Indian journal of veterinary science and animal husbandry - Volume 2,
Year: 1932
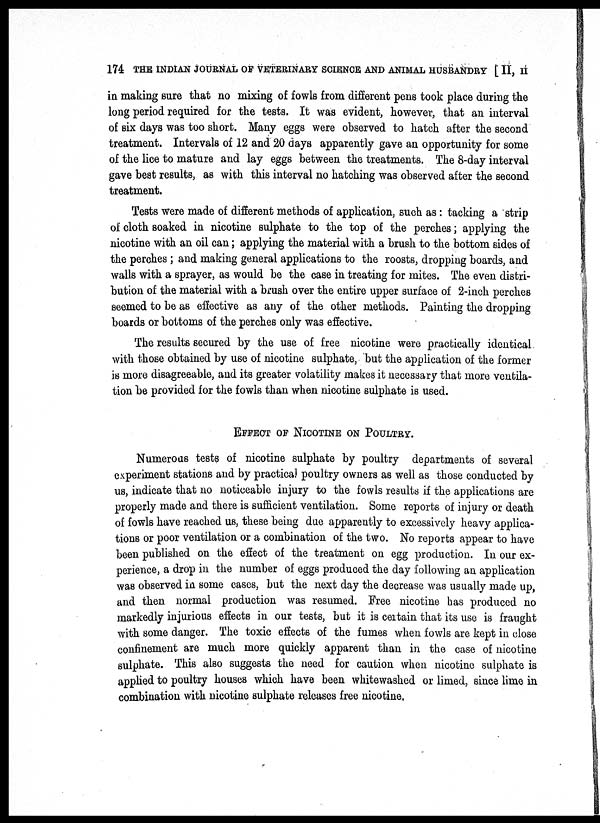
174 THE INDIAN JOURNAL OF VETERINARY SCIENCE AND ANIMAL HUSBANDRY [ II, II
in making sure that no mixing of fowls from different pens took place during the
long period required for the tests. It was evident, however, that an interval
of six days was too short. Many eggs were observed to hatch after the second
treatment. Intervals of 12 and 20 days apparently gave an opportunity for some
of the lice to mature and lay eggs between the treatments. The 8-day interval
gave best results, as with this interval no hatching was observed after the second
treatment.
Tests were made of different methods of application, such as: tacking a strip
of cloth soaked in nicotine sulphate to the top of the perches; applying the
nicotine with an oil can; applying the material with a brush to the bottom sides of
the perches; and making general applications to the roosts, dropping boards, and
walls with a sprayer, as would be the case in treating for mites. The even distri-
bution of the material with a brush over the entire upper surface of 2-inch perches
seemed to be as effective as any of the other methods. Painting the dropping
boards or bottoms of the perches only was effective.
The results secured by the use of free nicotine were practically identical.
with those obtained by use of nicotine sulphate, but the application of the former
is more disagreeable, and its greater volatility makes it necessary that more ventila-
tion be provided for the fowls than when nicotine sulphate is used.
EFFECT OF NICOTINE ON POULTRY.
Numerous tests of nicotine sulphate by poultry departments of several
experiment stations and by practical poultry owners as well as those conducted by
us, indicate that no noticeable injury to the fowls results if the applications are
properly made and there is sufficient ventilation. Some reports of injury or death
of fowls have reached us, these being due apparently to excessively heavy applica-
tions or poor ventilation or a combination of the two. No reports appear to have
been published on the effect of the treatment on egg production. In our ex-
perience, a drop in the number of eggs produced the day following an application
was observed in some cases, but the next day the decrease was usually made up,
and then normal production was resumed. Free nicotine has produced no
markedly injurious effects in our tests, but it is certain that its use is fraught
with some danger. The toxic effects of the fumes when fowls are kept in close
confinement are much more quickly apparent than in the case of nicotine
sulphate. This also suggests the need for caution when nicotine sulphate is
applied to poultry houses which have been whitewashed or limed, since lime in
combination with nicotine sulphate releases free nicotine.